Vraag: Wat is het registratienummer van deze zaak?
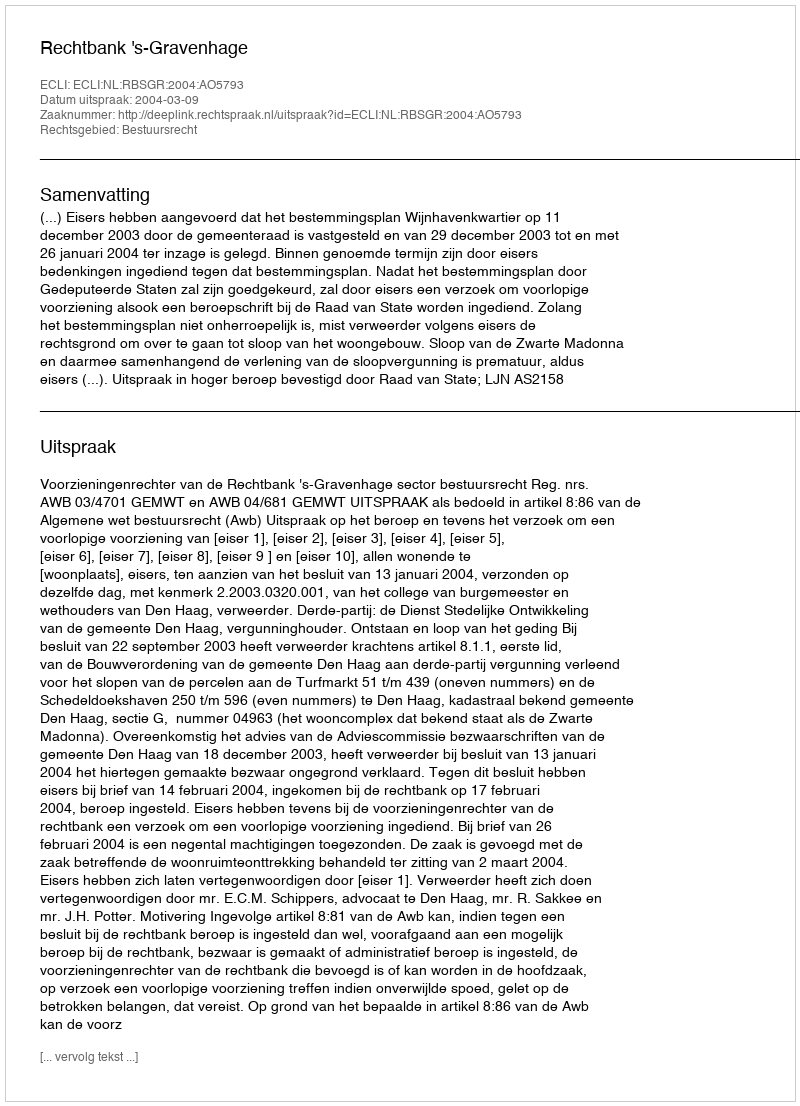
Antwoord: http://deeplink.rechtspraak.nl/uitspraak?id=ECLI:NL:RBSGR:2004:AO5793